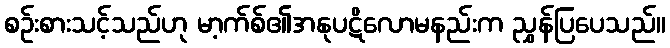
စဉ်းစားသင့်သည်ဟု မာ့က်စ်၏အနုပဋိလောမနည်းက ညွှန်ပြပေသည်။